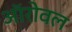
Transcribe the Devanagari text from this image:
ऑरोवल